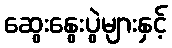
ဆွေးနွေးပွဲများနှင့်